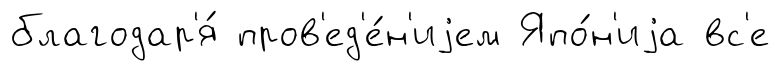
благодар'я́ пров'ед'е́н'иjем Япо́н'иjа вс'е